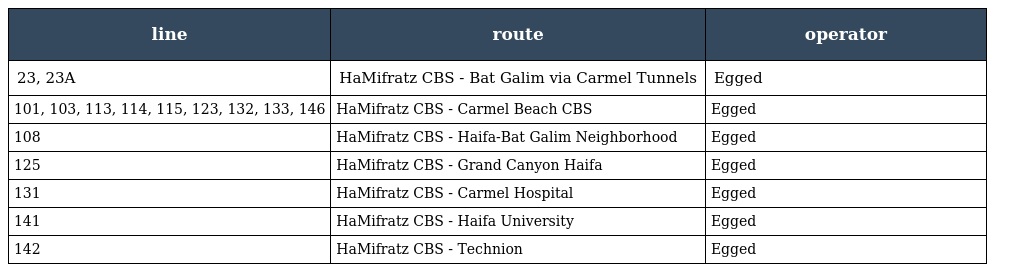
| line | route | operator |
 | --- | --- | --- |
 | 23, 23A | HaMifratz CBS - Bat Galim via Carmel Tunnels | Egged |
 | 101, 103, 113, 114, 115, 123, 132, 133, 146 | HaMifratz CBS - Carmel Beach CBS | Egged |
 | 108 | HaMifratz CBS - Haifa-Bat Galim Neighborhood | Egged |
 | 125 | HaMifratz CBS - Grand Canyon Haifa | Egged |
 | 131 | HaMifratz CBS - Carmel Hospital | Egged |
 | 141 | HaMifratz CBS - Haifa University | Egged |
 | 142 | HaMifratz CBS - Technion | Egged |